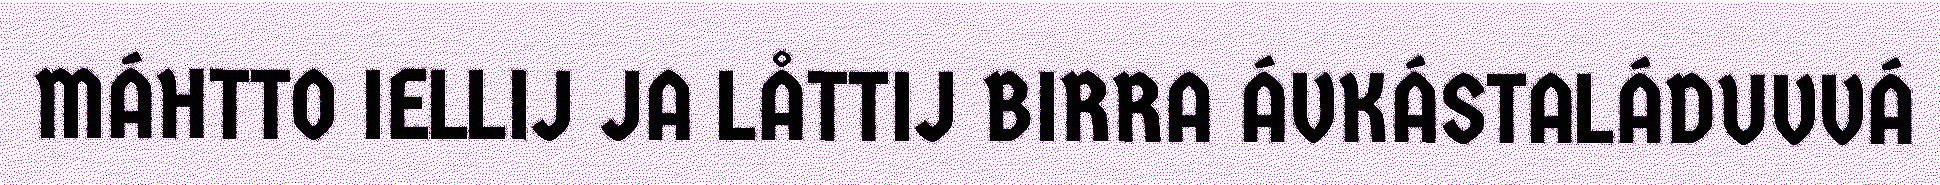
MÁHTTO IELLIJ JA LÅTTIJ BIRRA ÁVKÁSTALÁDUVVÁ